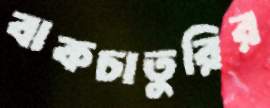
বাকচাতুরির